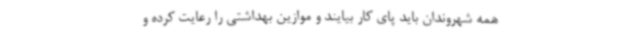
همه شهروندان باید پای کار بیایند و موازین بهداشتی را رعایت کرده و